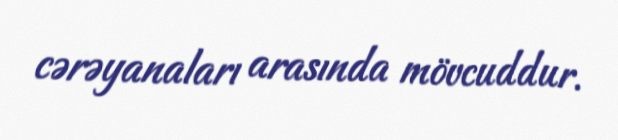
cərəyanaları arasında mövcuddur.